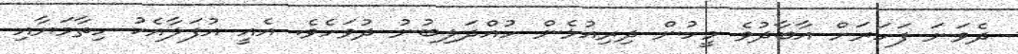
ދެވަނަ ފަހަރަށް އާބާދުވެ މީހުން ދިރިއުޅެން ހުއްދަލިބުނު ދުވަހެވެ. އެއީ އުފަލާއެކު ހިތާމަޔާއި